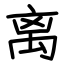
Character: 离